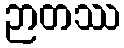
ဉာတဿ